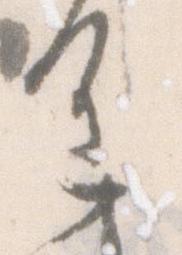
重